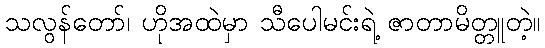
သလွန်တော်၊ ဟိုအထဲမှာ သီပေါမင်းရဲ့ ဇာတာမိတ္တူတဲ့။